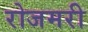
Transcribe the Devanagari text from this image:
रोजमरी